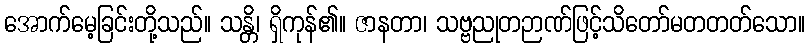
အောက်မေ့ခြင်းတို့သည်။ သန္တိ၊ ရှိကုန်၏။ ဇာနတာ၊ သဗ္ဗညုတဉာဏ်ဖြင့်သိတော်မတတတ်သော။